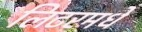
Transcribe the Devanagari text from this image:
लिटरमधे